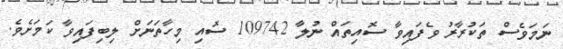
ނަމަވެސް ތަކުރާރު ވެފައިވާ ސޮއިތައް ނުލާ 109742 ސޮއި މިހާތަނަށް ލިބިފައިވާ ކަމަށެވެ.